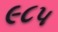
૯૮૫